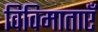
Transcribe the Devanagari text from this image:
विविमाताएँ